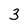
Character: 3